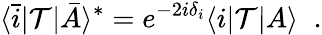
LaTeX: \langle\bar{i}|{\cal T}|\bar{A}\rangle^{*}=e^{-2i\delta_{i}}\langle i|{\cal T}|A\rangle\; \; .